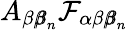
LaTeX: A_{\beta{\pmb\beta}_{n}}\mathcal{F}_{\alpha\beta{\pmb\beta}_{n}}